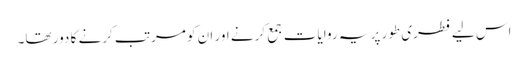
اس لیے فطری طور پر یہ روایات جمع کرنے اور ان کو مرتب کرنے کا دور تھا۔